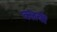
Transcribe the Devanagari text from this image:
क्‍लबों